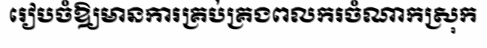
រៀបចំឱ្យមានការគ្រប់គ្រងពលករចំណាកស្រុក